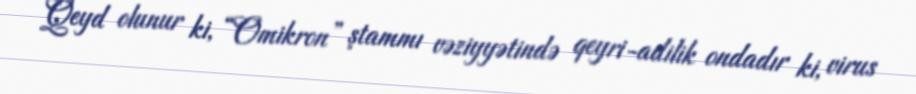
Qeyd olunur ki, “Omikron” ştammı vəziyyətində qeyri-adilik ondadır ki, virus